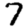
Digit: 7